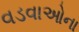
વડવાઓના